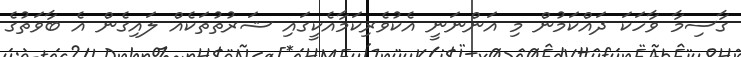
ގާސިމާ ވާހަކަ ދައްކަމުން މި އަންނަނީ އެކުވެރިކަމާއެކީގައި ޝަރުތުތަކެއް ލައިގެން އެ ބާވަތުގެ